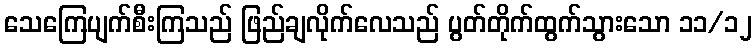
သေကြေပျက်စီးကြသည် ဖြည်ချလိုက်လေသည် ပွတ်တိုက်ထွက်သွားသော ၁၁/၁၂